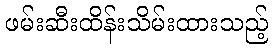
ဖမ်းဆီးထိန်းသိမ်းထားသည့်